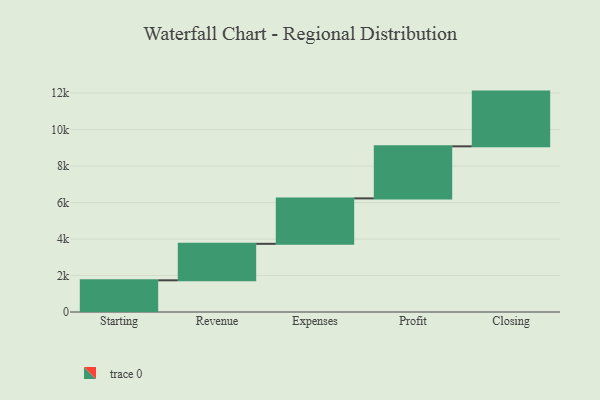
{"axis": {"x": "Step", "y": "Value"}, "legend": [""], "data": [{"x": "Starting", "y": 1737.0, "type": ""}, {"x": "Revenue", "y": 2000.0, "type": ""}, {"x": "Expenses", "y": 2491.0, "type": ""}, {"x": "Profit", "y": 2853.0, "type": ""}, {"x": "Closing", "y": 3000, "type": ""}]}